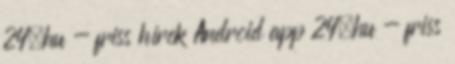
24.hu - friss hírek Android app 24.hu - friss